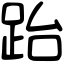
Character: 跆